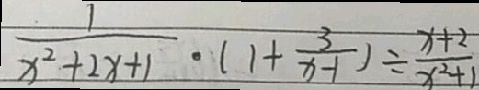
\frac { 1 } { x ^ { 2 } + 2 x + 1 } \cdot ( 1 + \frac { 3 } { x - 1 } ) \div \frac { x + 2 } { x ^ { 2 } + 1 }